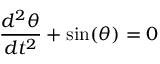
{ \frac { d ^ { 2 } \theta } { d t ^ { 2 } } } + \sin ( \theta ) = 0